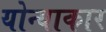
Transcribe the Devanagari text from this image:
योन्याकार